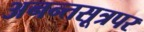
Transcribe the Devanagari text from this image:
अनन्तसूत्रपर